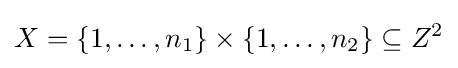
X=\{1,\ldots ,n_{1}\}\times \{1,\ldots ,n_{2}\}\subseteq Z^{2}